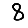
Digit: 8